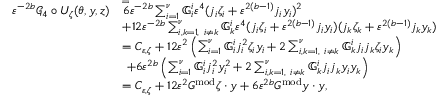
\begin{array} { r l } { \varepsilon ^ { - 2 b } \mathcal { G } _ { 4 } \circ U _ { \zeta } ( \theta , y , z ) } & { \overset = 6 \varepsilon ^ { - 2 b } \sum _ { i = 1 } ^ { \nu } \mathbb { G } _ { i } ^ { i } \varepsilon ^ { 4 } ( j _ { i } \zeta _ { i } + \varepsilon ^ { 2 ( b - 1 ) } j _ { i } y _ { i } ) ^ { 2 } } \\ & { + 1 2 \varepsilon ^ { - 2 b } \sum _ { i , k = 1 , \ i \ne k } ^ { \nu } \mathbb { G } _ { k } ^ { i } \varepsilon ^ { 4 } ( j _ { i } \zeta _ { i } + \varepsilon ^ { 2 ( b - 1 ) } j _ { i } y _ { i } ) ( j _ { k } \zeta _ { k } + \varepsilon ^ { 2 ( b - 1 ) } j _ { k } y _ { k } ) } \\ & { = C _ { \varepsilon , \zeta } + 1 2 \varepsilon ^ { 2 } \left( \sum _ { i = 1 } ^ { \nu } \mathbb { G } _ { i } ^ { i } j _ { i } ^ { 2 } \zeta _ { i } y _ { i } + 2 \sum _ { i , k = 1 , \ i \ne k } ^ { \nu } \mathbb { G } _ { k } ^ { i } j _ { i } j _ { k } \zeta _ { i } y _ { k } \right) } \\ & { \ + 6 \varepsilon ^ { 2 b } \left( \sum _ { i = 1 } ^ { \nu } \mathbb { G } _ { i } ^ { i } j _ { i } ^ { 2 } y _ { i } ^ { 2 } + 2 \sum _ { i , k = 1 , \ i \ne k } ^ { \nu } \mathbb { G } _ { k } ^ { i } j _ { i } j _ { k } y _ { i } y _ { k } \right) } \\ & { = C _ { \varepsilon , \zeta } + 1 2 \varepsilon ^ { 2 } G ^ { \mathrm { m o d } } \zeta \cdot y + 6 \varepsilon ^ { 2 b } G ^ { \mathrm { m o d } } y \cdot y , } \end{array}